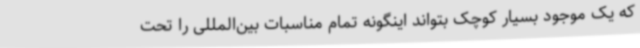
که یک موجود بسیار کوچک بتواند اینگونه تمام مناسبات بین‌المللی را تحت